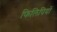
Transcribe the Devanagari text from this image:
फिलिपियों